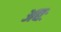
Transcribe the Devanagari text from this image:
अद्यः